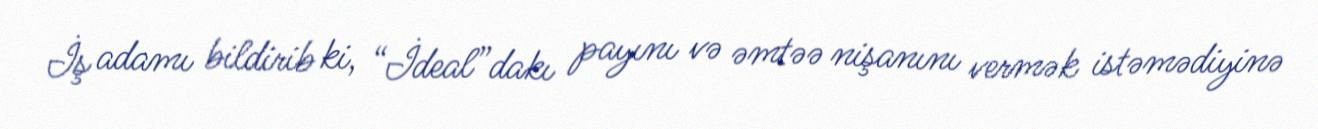
İş adamı bildirib ki, “İdeal”dakı payını və əmtəə nişanını vermək istəmədiyinə